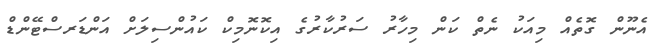
އެނޫން ގޮތެއް މިއަކު ނެތް ކަން މިހާރު ސަރުކާރުގެ އިކޮނޮމިކް ކައުންސިލަށް އަންޑަރސްޓޭންޑް